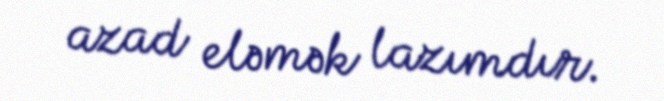
azad eləmək lazımdır.